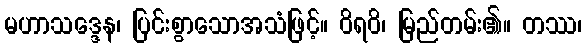
မဟာသဒ္ဒေန၊ ပြင်းစွာသောအသံဖြင့်။ ဝိရဝိ၊ မြည်တမ်း၏။ တဿ၊